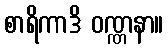
စာရိကာဒိ ဝဏ္ဏနာ။